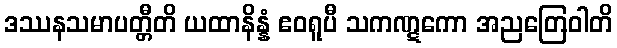
ဒဿနသမာပတ္တီတိ ယထာနိန္နံ ဧဝရူပီ သကဏ္ဋကော အညတြေဝါတိ